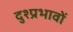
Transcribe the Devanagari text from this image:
दुश्प्रभावों